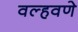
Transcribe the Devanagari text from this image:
वल्हवणे